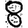
Digit: 8